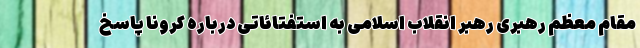
مقام معظم رهبری رهبر انقلاب اسلامی به استفتائاتی درباره کرونا پاسخ